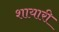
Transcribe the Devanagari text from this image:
शायारी